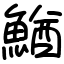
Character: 鰌